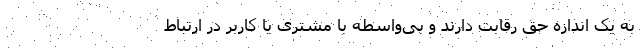
به یک اندازه حق رقابت دارند و بی‌واسطه با مشتری یا کاربر در ارتباط